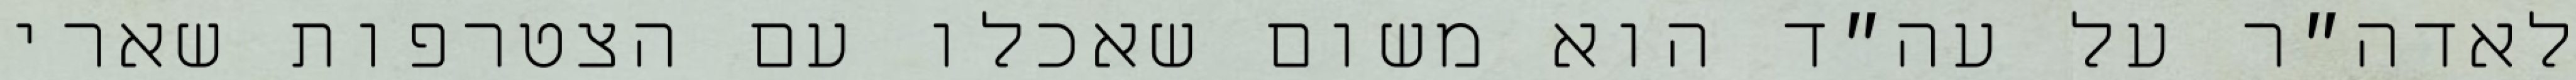
לאדה״ר על עה״ד הוא משום שאכלו עם הצטרפות שארי